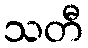
သတီ